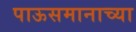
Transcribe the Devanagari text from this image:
पाऊसमानाच्या